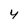
Character: 4